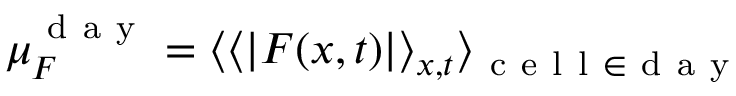
\mu _ { F } ^ { \mathrm { ~ d ~ a ~ y ~ } } = \langle \langle | F ( x , t ) | \rangle _ { x , t } \rangle _ { \mathrm { ~ c ~ e ~ l ~ l ~ } \in \mathrm { ~ d ~ a ~ y ~ } }